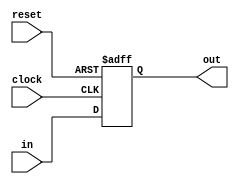
module pipe_reg_6(
	input [5:0] in,
    input clock,
	input reset,
	output reg [5:0]out
	);
 
	always @(posedge clock,negedge reset) 
	begin
		if(!reset)
			out <= 6'b000000;
		else 
			out <= in;
	end
endmodule